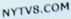
NYTV8.COM